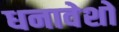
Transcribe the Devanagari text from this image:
धनावेशों